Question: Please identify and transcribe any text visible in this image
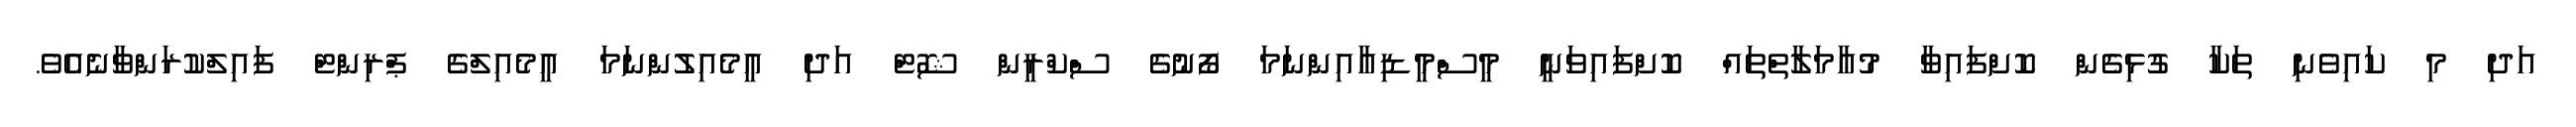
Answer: އަދި މި ކައިވެނި ތަކާ ގުޅިގެން ކޮށްފައިވާ މުޢާމަލާތްތައް ކޮށްފައިވަނީ މީސްމީޑިއާއިންނަމަ ފޯނުގެ ސްކްރީން ޝޮޓް އަދި އީމެއިލުންނަމަ އީމެއިލްގެ ޕްރިންޓް ފައިލްކުރަންވާނެއެވެ.